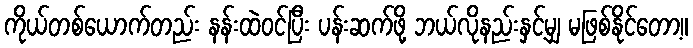
ကိုယ်တစ်ယောက်တည်း နန်းထဲဝင်ပြီး ပန်းဆက်ဖို့ ဘယ်လိုနည်းနှင့်မျှ မဖြစ်နိုင်တော့။